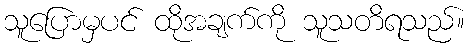
သူပြောမှပင် ထိုအချက်ကို သူသတိရသည်။